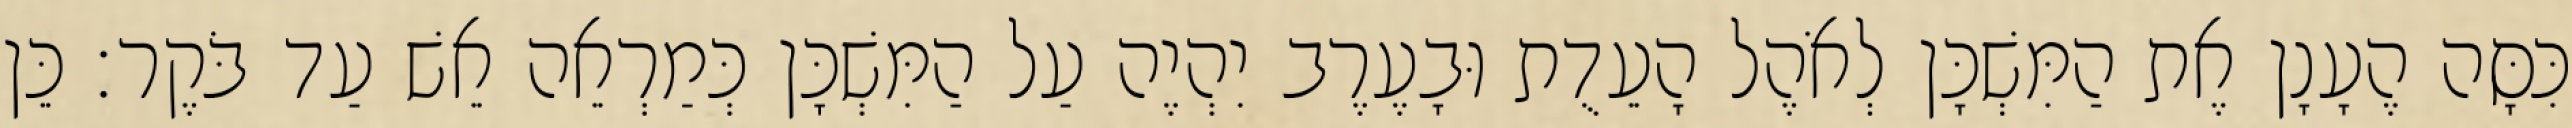
כִּסָּה הֶעָנָן אֶת הַמִּשְׁכָּן לְאֹהֶל הָעֵדֻת וּבָעֶרֶב יִהְיֶה עַל הַמִּשְׁכָּן כְּמַרְאֵה אֵשׁ עַד בֹּקֶר׃ כֵּן